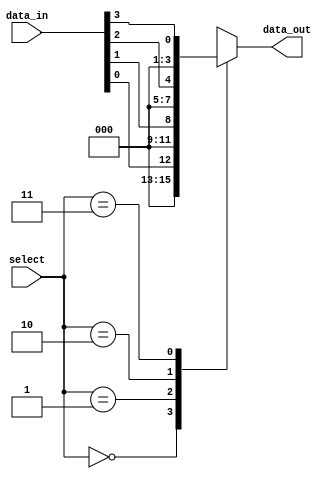
module mux_behavioral (input wire [1:0] select, input wire [3:0] data_in, output reg [3:0] data_out);

always @* begin
    case (select)
        2'b00: data_out = data_in[0];
        2'b01: data_out = data_in[1];
        2'b10: data_out = data_in[2];
        2'b11: data_out = data_in[3];
        default: data_out = 4'bxxxx; // output 'x' if select signal is invalid
    endcase
end

endmodule